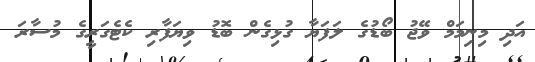
އަދި މިނިމަމް ވޭޖު ބޯޑުގެ ލަފަޔާ ގުޅިގެން ބޮޑު ވިޔަފާރި ކެޓެގަރީގެ މުސާރަ